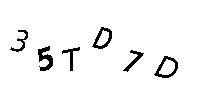
35TD7D